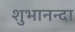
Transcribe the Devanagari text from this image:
शुभानन्दा